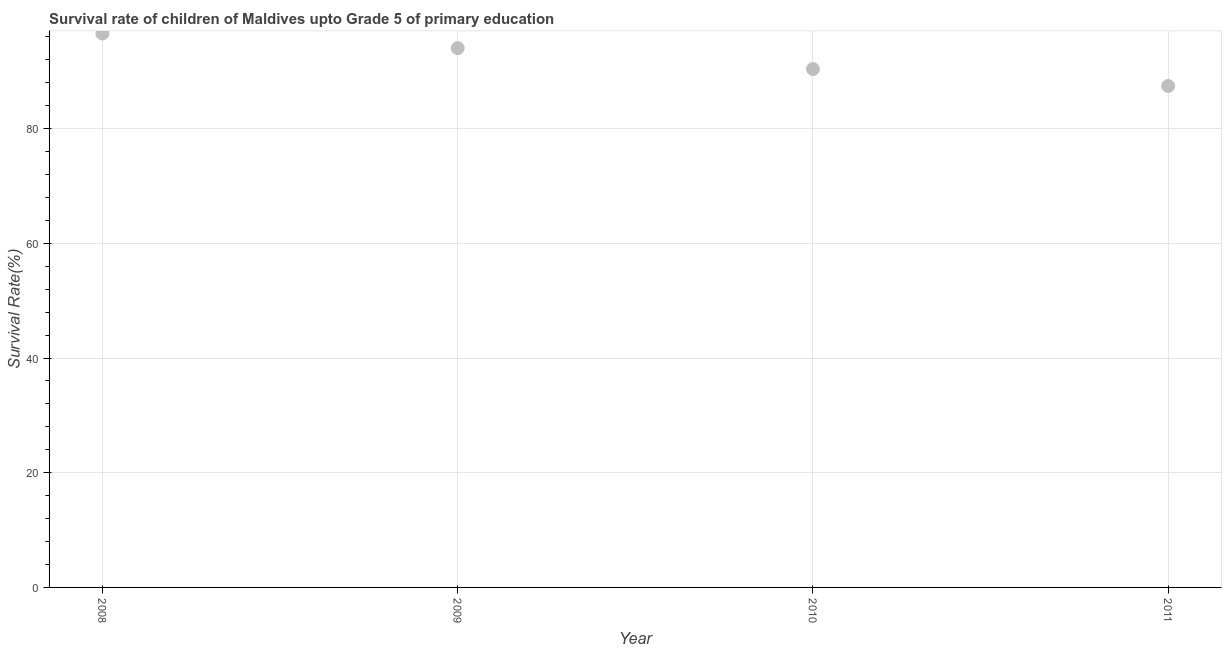
| Year | Survival rate |
 | --- | --- |
 | 2008 | 96.6 |
 | 2009 | 94 |
 | 2010 | 90.4 |
 | 2011 | 87.4 |